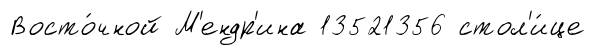
Восто́чной М'ендр'ина 13521356 стол'и́це